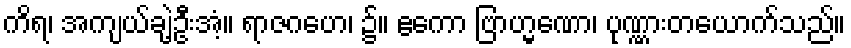
ကိရ၊ အကျယ်ချဲ့ဦးအံ့။ ရာဇဂဟေ၊ ၌။ ဧကော ဗြာဟ္မဏော၊ ပုဏ္ဏားတယောက်သည်။